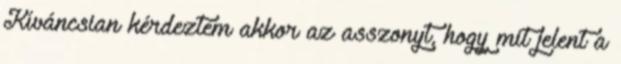
Kíváncsian kérdeztem akkor az asszonyt, hogy mit jelent a